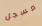
مسجل